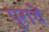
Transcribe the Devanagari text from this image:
पुराचें